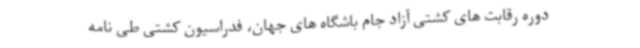
دوره رقابت های کشتی آزاد جام باشگاه های جهان، فدراسیون کشتی طی نامه